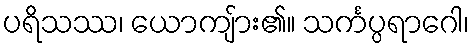
ပရိသဿ၊ ယောကျ်ား၏။ သင်္ကပ္ပရာဂေါ၊